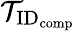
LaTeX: \mathcal{T}_{\textrm{ID}_{\textrm{comp}}}